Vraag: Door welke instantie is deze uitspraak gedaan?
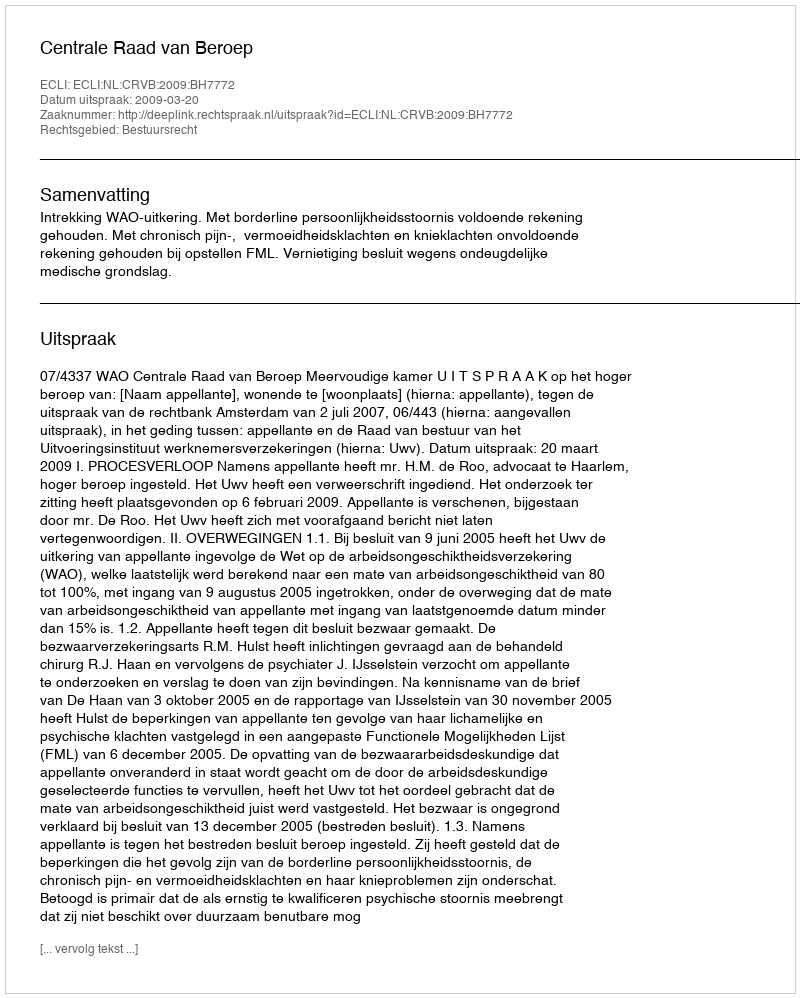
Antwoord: Centrale Raad van Beroep